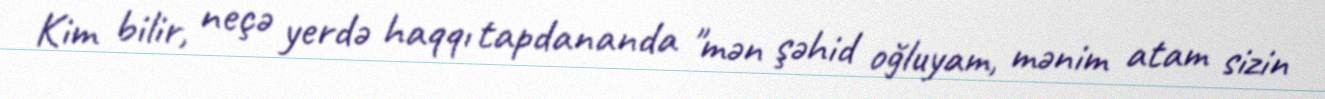
Kim bilir, neçə yerdə haqqı tapdananda "mən şəhid oğluyam, mənim atam sizin